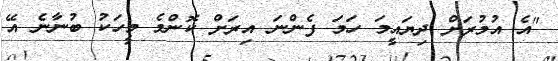
"އެ އުމުރަށް ދިޔައީމަ ހަމަ ފެންނަ އިރަށް ކޮންމެ މީހަކު ބުނާނެ އޭ